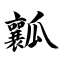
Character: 瓤